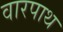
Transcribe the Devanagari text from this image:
वारपाथ